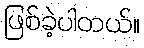
ဖြစ်ခဲ့ပါတယ်။